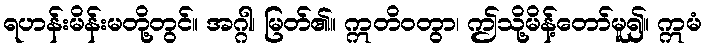
ရဟန်းမိန်းမတို့တွင်။ အဂ္ဂါ၊ မြတ်၏။ ဣတိဝတွာ၊ ဤသို့မိန့်တော်မူ၍။ ဣမံ